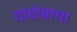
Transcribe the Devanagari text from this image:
दादोबांचा